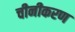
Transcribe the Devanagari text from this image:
चीनीकरण